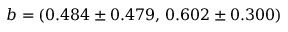
b = ( 0 . 4 8 4 \pm 0 . 4 7 9 , \, 0 . 6 0 2 \pm 0 . 3 0 0 )